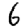
Digit: 6